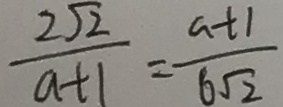
\frac { 2 \sqrt { 2 } } { a + 1 } = \frac { a + 1 } { 6 \sqrt { 2 } }